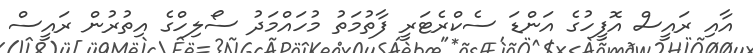
އާއި ރައީސް އޮފީހުގެ އަންޑަ ސެކްރެޓަރީ ފާތުމަތު މުހައްމަދު ސޯލިހްގެ އިތުރުން ރައީސް